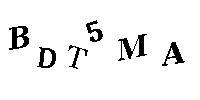
BDT5MA